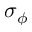
\sigma _ { \phi }